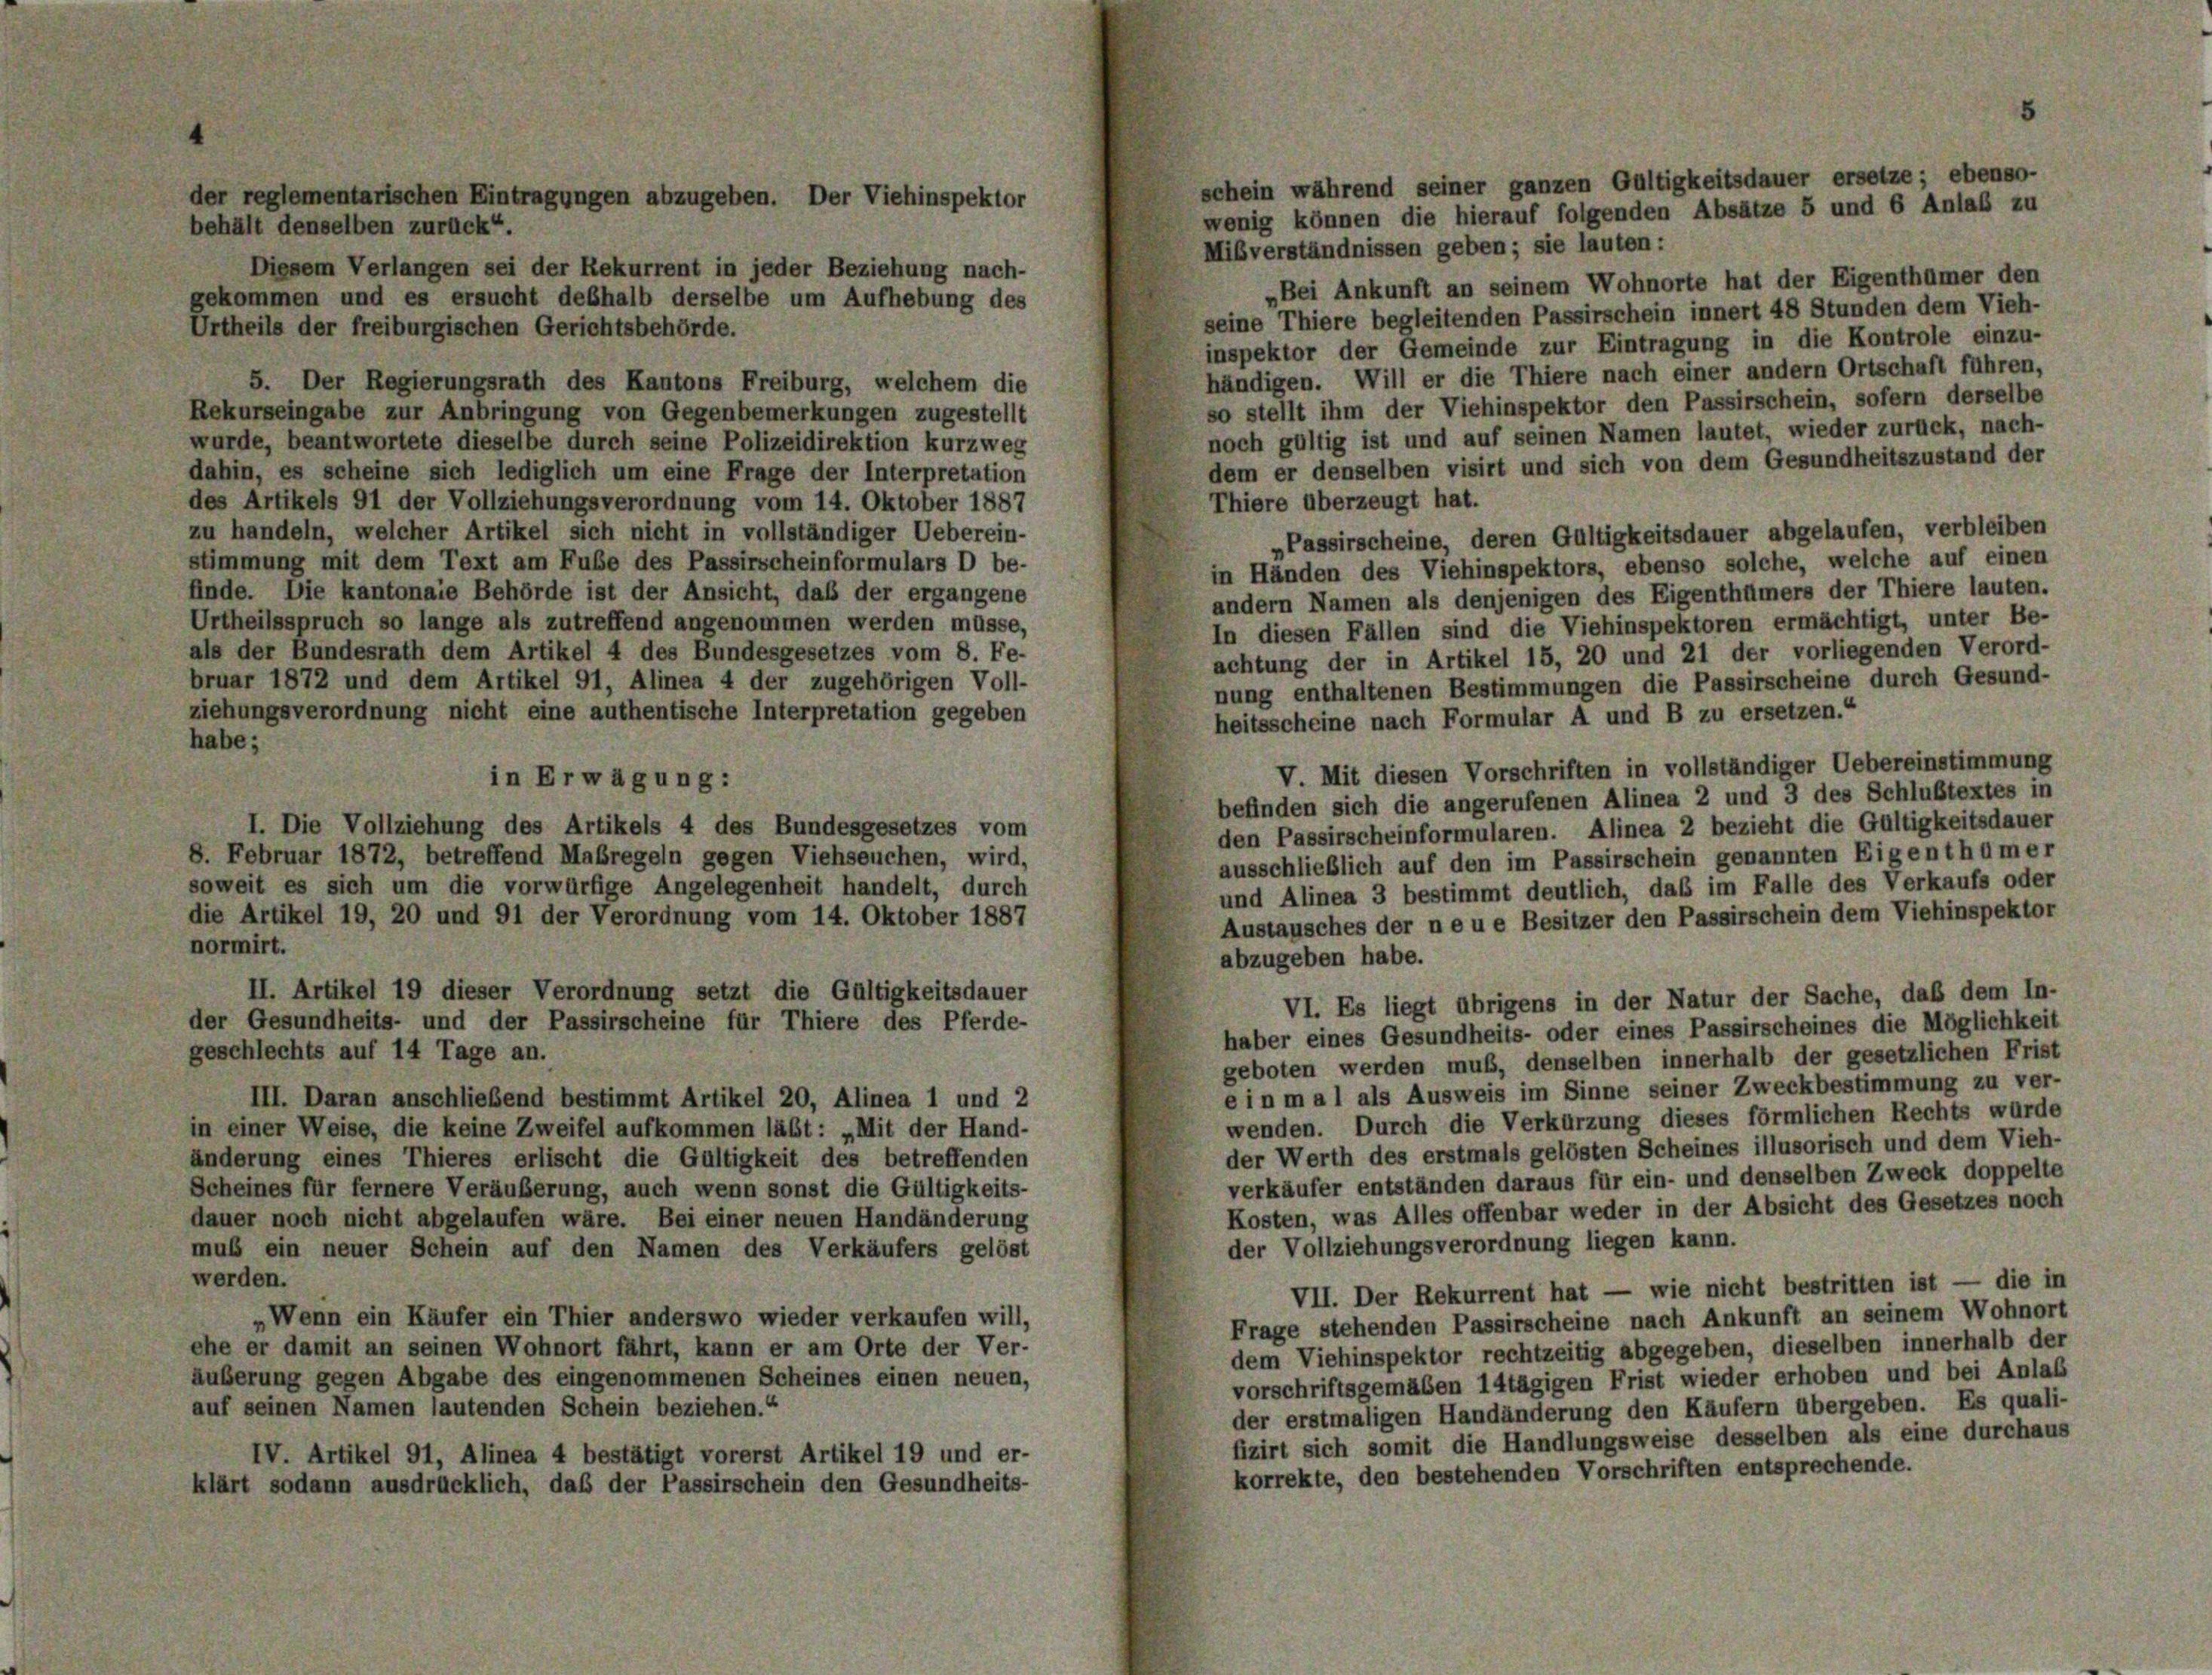
behält denselben zurück“.
Mißverständnissen geben; sie lauten:
Diesem Verlangen sei der Rekurrent in jeder Beziehung nach-
„Bei Ankunft an seinem Wohnorte hat der Eigenthümer den
gekommen und es ersucht deßhalb derselbe um Aufhebung des
seine Thiere begleitenden Passirschein innert 48 Stunden dem Vieh-
Urtheils der freiburgischen Gerichtsbehörde.
inspektor der Gemeinde zur Eintragung in die Kontrole einzu-
händigen. Will er die Thiere nach einer andern Ortschaft führen,
5. Der Regierungsrath des Kantons Freiburg, welchem die
so stellt ihm der Viehinspektor den Passirschein, sofern derselbe
Rekurseingabe zur Anbringung von Gegenbemerkungen zugestellt
noch gültig ist und auf seinen Namen lautet, wieder zurück, nach-
wurde, beantwortete dieselbe durch seine Polizeidirektion kurzweg
dem er denselben visirt und sich von dem Gesundheitszustand der
dahin, es scheine sich lediglich um eine Frage der Interpretation
des Artikels 91 der Vollziehungsverordnung vom 14. Oktober 1887
Thiere überzeugt hat.
zu handeln, welcher Artikel sich nicht in vollständiger Ueberein-
„Passirscheine, deren Gültigkeitsdauer abgelaufen, verbleiben
stimmung mit dem Text am Fube des Passirscheinformulars D be-
in Händen des Viehinspektors, ebenso solche, welche auf einen
finde. Die kantonale Behörde ist der Ansicht, daß der ergangene
andern Namen als denjenigen des Eigenthümers der Thiere lauten.
Urtheilsspruch so lange als zutreffend angenommen werden müsse,
In diesen Fällen sind die Viehinspektoren ermächtigt, unter Be-
als der Bundesrath dem Artikel 4 des Bundesgesetzes vom 8. Fe-
achtung der in Artikel 15, 20 und 21 der vorliegenden Verord-
bruar 1872 und dem Artikel 91, Alinea 4 der zugehörigen Voll-
nung enthaltenen Bestimmungen die Passirscheine durch Gesund-
ziehungsverordnung nicht eine authentische Interpretation gegeben
heitsscheine nach Formular A und B zu ersetzen.“
habe;
V. Mit diesen Vorschriften in vollständiger Uebereinstimmung
in Erwägung:
befinden sich die angerufenen Alinea 2 und 3 des Schlustextes in
I. Die Vollziehung des Artikels 4 des Bundesgesetzes vom
den Passirscheinformularen. Alinea 2 bezieht die Gültigkeitsdauer
8. Februar 1872, betreffend Maßregeln gegen Viehseuchen, wird,
ausschließlich auf den im Passirschein genannten Eigenthümer
soweit es sich um die vorwürfige Angelegenheit handelt, durch
und Alinea 3 bestimmt deutlich, daß im Falle des Verkaufs oder
die Artikel 19, 20 und 91 der Verordnung vom 14. Oktober 1887
Austausches der neue Besitzer den Passirschein dem Viehinspektor
normirt.
abzugeben habe.
II. Artikel 19 dieser Verordnung setzt die Gültigkeitsdauer
VI. Es liegt übrigens in der Natur der Sache, daß dem In-
der Gesundheits- und der Passirscheine für Thiere des Pferde-
haber eines Gesundheits- oder eines Passirscheines die Möglichkeit
geschlechts auf 14 Tage an.
geboten werden muß, denselben innerhalb der gesetzlichen Frist
e in mal als Ausweis im Sinne seiner Zweckbestimmung zu ver-
III. Daran anschließend bestimmt Artikel 20, Alinea 1 und 2
wenden. Durch die Verkürzung dieses förmlichen Rechts wurde
in einer Weise, die keine Zweifel aufkommen läßt: „Mit der Hand-
der Werth des erstmals gelösten Scheines illusorisch und dem Vieh-
änderung eines Thieres erlischt die Gültigkeit des betreffenden
verkäufer entständen daraus für ein- und denselben Zweck doppelte
Scheines für fernere Veräußerung, auch wenn sonst die Gültigkeits-
Kosten, was Alles offenbar weder in der Absicht des Gesetzes noch
dauer noch nicht abgelaufen wäre. Bei einer neuen Handänderung
der Vollziehungsverordnung liegen kann.
muß ein neuer Schein auf den Namen des Verkäufers gelöst
werden.
VII. Der Rekurrent hat — wie nicht bestritten ist — die in
„Wenn ein Käufer ein Thier anderswo wieder verkaufen will,
Frage stehenden Passirscheine nach Ankunft an seinem Wohnort
ehe er damit an seinen Wohnort fährt, kann er am Orte der Ver-
dem Viehinspektor rechtzeitig abgegeben, dieselben innerhalb der
äußerung gegen Abgabe des eingenommenen Scheines einen neuen,
vorschriftsgemäßen 14tägigen Frist wieder erhoben und bei Anlas
auf seinen Namen lautenden Schein beziehen.“
der erstmaligen Handänderung den Käufern übergeben. Es quali-
fizirt sich somit die Handlungsweise desselben als eine durchaus
IV. Artikel 91, Alinea 4 bestätigt vorerst Artikel 19 und er-
korrekte, den bestehenden Vorschriften entsprechende.
klärt sodann ausdrücklich, daß der Passirschein den Gesundheits-

der reglementarischen Eintragungen abzugeben. Der Viehinspektor

schein während seiner ganzen Gültigkeitsdauer ersetze; ebenso-
wenig können die hierauf folgenden Absätze 5 und 6 Anlaß zu